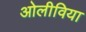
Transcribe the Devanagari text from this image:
ओलीविया